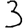
Digit: 3